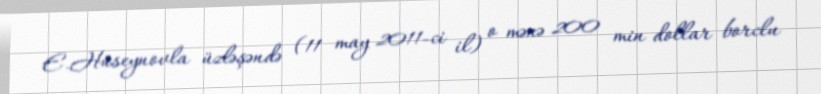
E.Hüseynovla üzləşəndə (11 may 2011-ci il) o mənə 200 min dollar borclu